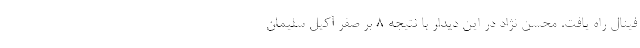
فینال راه یافت. محسن نژاد در این دیدار با نتیجه ۸ بر صفر آکیل سلیمان